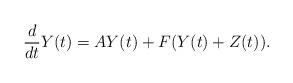
LaTeX: \begin{align*}\frac{d}{dt}Y(t)=AY(t)+F(Y(t)+Z(t)).\end{align*}